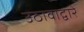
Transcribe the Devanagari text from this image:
उठावाद्वारे